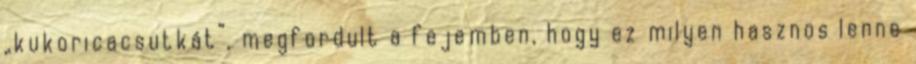
„kukoricacsutkát”, megfordult a fejemben, hogy ez milyen hasznos lenne